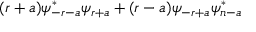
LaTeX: ( r + a ) \psi _ { - r - a } ^ { * } \psi _ { r + a } + ( r - a ) \psi _ { - r + a } \psi _ { n - a } ^ { * }